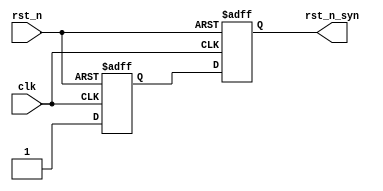
module rst_syn_unit (
    input          rst_n     ,
    input          clk       ,

    output         rst_n_syn
);

    // The rst_n_syn signal will be unset asynchronously and set synchronously. 
    reg buff1;
    reg buff2;

    always@(posedge clk or negedge rst_n) begin:b1
        if (~rst_n)
            buff1 <= 1'b0;
        else
            buff1 <= 1'b1;
    end 

    always@(posedge clk or negedge rst_n) begin:b2
        if (~rst_n)
            buff2 <= 1'b0;
        else
            buff2 <= buff1;
    end

    assign rst_n_syn = buff2;
  
endmodule